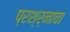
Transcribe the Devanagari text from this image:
प्रश्र्नाचा